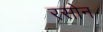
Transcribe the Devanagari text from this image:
रसोन